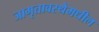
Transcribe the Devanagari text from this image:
जागृतावस्थेमधील